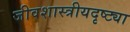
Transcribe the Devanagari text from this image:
जीवशास्त्रीयदृष्ट्या